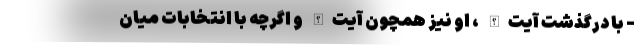
- با درگذشت آیت‌الله ، او نیز همچون آیت‌الله و اگرچه با انتخابات میان